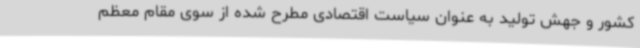
کشور و جهش تولید به عنوان سیاست اقتصادی مطرح شده از سوی مقام معظم